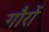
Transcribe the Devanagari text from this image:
गौरों